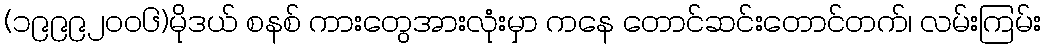
(၁၉၉၉၂ဝဝ၆)မိုဒယ် စနစ် ကားတွေအားလုံးမှာ ကနေ တောင်ဆင်းတောင်တက်၊ လမ်းကြမ်း